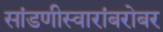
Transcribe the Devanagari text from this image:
सांडणीस्वारांबरोबर